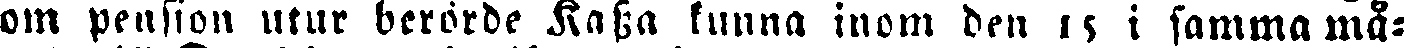
om pension utur berörde Kassa kunna inom den 15 i samma må-